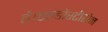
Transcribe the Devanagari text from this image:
है।एल्डोस्टीरोन